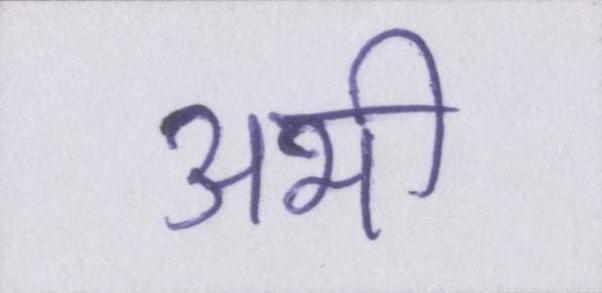
अभी